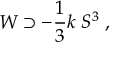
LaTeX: W \supset - { \frac { 1 } { 3 } } k \; S ^ { 3 } \; ,